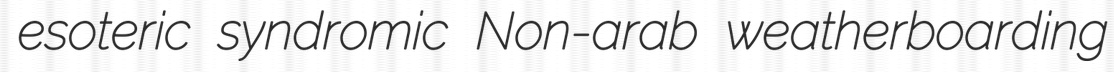
esoteric syndromic Non-arab weatherboarding